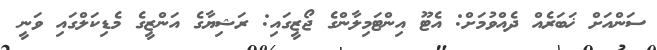
ސަންއަށް ޚަބަރެއް ދެއްވުމަށް: އެޓޫ އިންޓަމިލާންގެ ޖޯޒީގައި: ރަޝިޔާގެ އަންޒީގެ މެޑިކަލްގައި ވަނީ